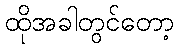
ထိုအခါတွင်တော့